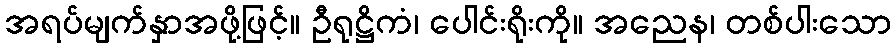
အရပ်မျက်နှာအဖို့ဖြင့်။ ဦရုဋ္ဌိကံ၊ ပေါင်းရိုးကို။ အညေန၊ တစ်ပါးသော